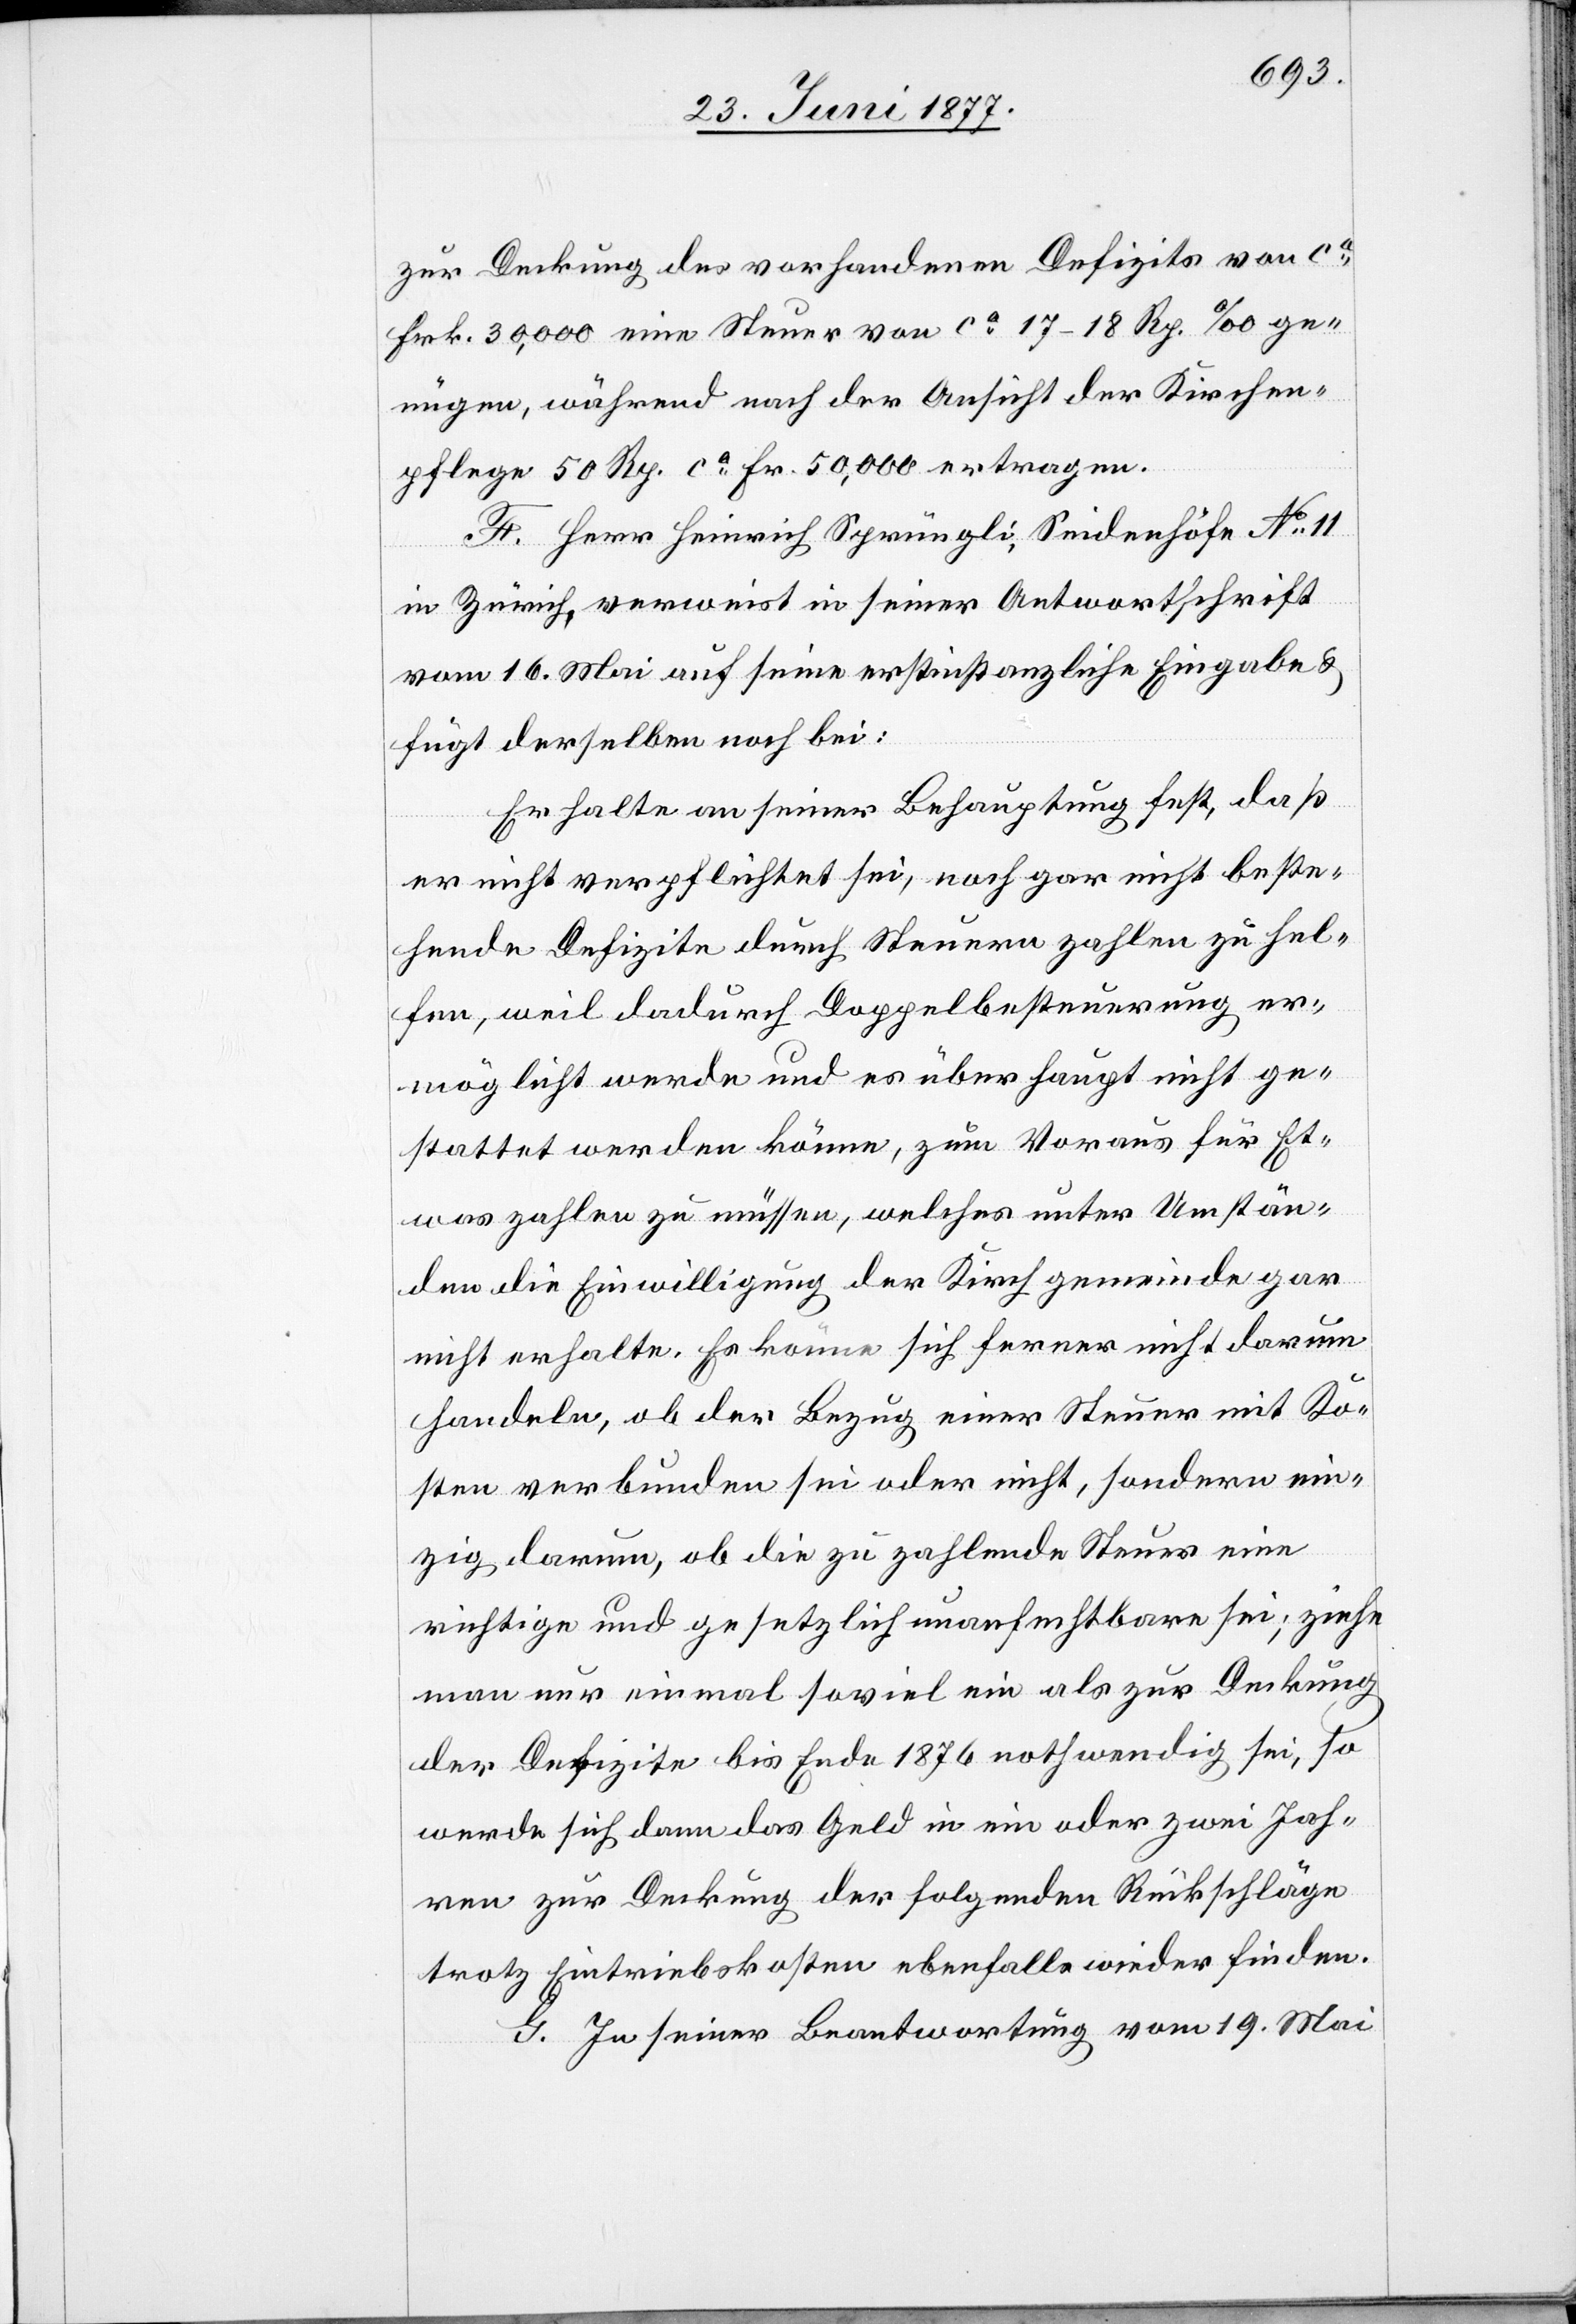
zur Deckung des vorhandenen Defizits von ca
Frk. 30,000 eine Steuer von ca 17–18 Rp. ‰ ge¬
nügen, während nach der Ansicht der Kirchen¬
pflege 50 Rp. ca Fr. 50,000 ertragen.
F. Herr Heinrich Sprüngli, Seidenhöfe No 11
in Zürich, verweist in seiner Antwortschrift
vom 16. Mai auf seine erstinstanzliche Eingabe &
fügt derselben noch bei:
Es halte an seiner Behauptung fest, daß
er nicht verpflichtet sei, noch gar nicht beste¬
hende Defizite durch Steuern zahlen zu hel¬
fen, weil dadurch Doppelbesteuerung er¬
möglicht werde und es überhaupt nicht ge¬
stattet werden könne, zum Voraus für Et¬
was zahlen zu müssen, welches unter Umstän¬
den die Einwilligung der Kirchgemeinde gar
nicht erhalte. Es könne sich ferner nicht darum
handeln, ob der Bezug einer Steuer mit Ko¬
sten verbunden sei oder nicht, sondern ein¬
zig darum, ob die zu zahlende Steuer eine
richtige und gesetzlich unanfechtbare sei; ziehe
man nur einmal soviel ein als zur Deckung
der Defizite bis Ende 1876 nothwendig sei, so
werde sich dann das Geld in ein oder zwei Jah¬
ren zur Deckung der folgenden Rückschläge
trotz Eintriebskosten ebenfalls wieder finden.
G. In seiner Beantwortung vom 19. Mai